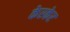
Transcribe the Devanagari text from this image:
केरकेर